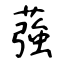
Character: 蔃